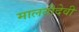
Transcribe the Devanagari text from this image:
मालतीदेवी